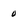
Character: 0